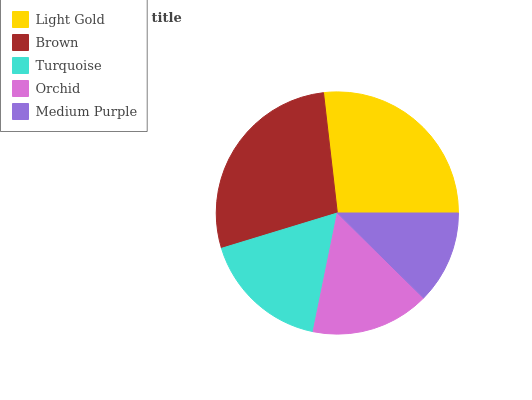
| Light Gold | Brown | Turquoise | Orchid | Medium Purple |
 | --- | --- | --- | --- | --- |
 | 26.9% | 27.9% | 17% | 15.8% | 12.4% |